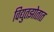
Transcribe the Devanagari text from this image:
विद्युतझोतात